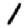
Digit: 1